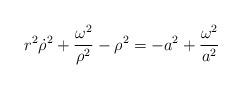
LaTeX: \begin{align*}r^2\dot{\rho }^2 + \frac{\omega ^2}{\rho ^2} - \rho ^2 = -a^2 +\frac{\omega^2}{a^2}\end{align*}